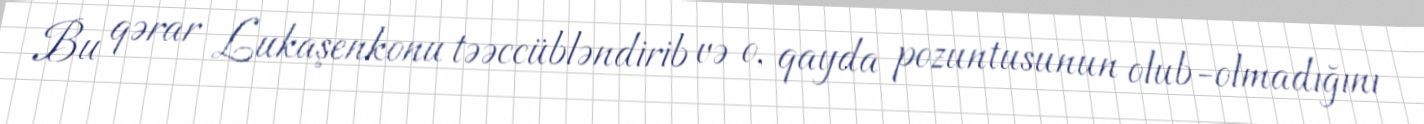
Bu qərar Lukaşenkonu təəccübləndirib və o, qayda pozuntusunun olub-olmadığını